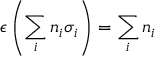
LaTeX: \epsilon \left( \sum _ { i } n _ { i } \sigma _ { i } \right) = \sum _ { i } n _ { i }